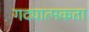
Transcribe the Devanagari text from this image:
गद्यात्मकता